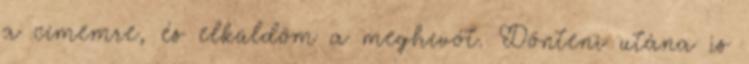
a címemre, és elküldöm a meghívót. Dönteni utána is